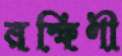
রক্ষিণী